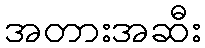
အတားအဆီး